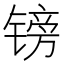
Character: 镑